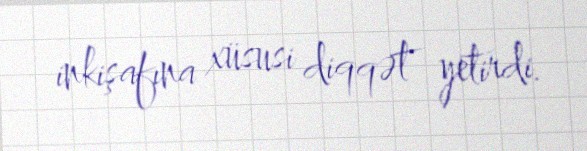
inkişafına xüsusi diqqət yetirdi.